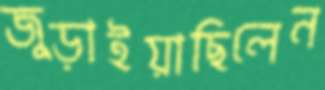
জুড়াইয়াছিলেন